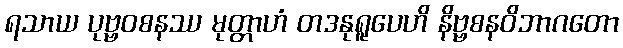
ရသာယ ပုဗ္ဗဝစနဿ မုတ္တာဟံ တဒနုရူပေဟိ နိဗ္ဗစနဝိဘာဂတော